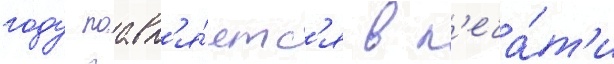
году поавл'я́етс'я в п'еча́т'и